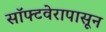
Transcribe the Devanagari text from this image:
सॉफ्टवेरापासून